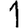
Digit: 1